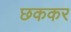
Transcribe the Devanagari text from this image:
छककर